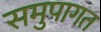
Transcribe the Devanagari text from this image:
समुपागत